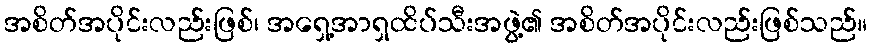
အစိတ်အပိုင်းလည်းဖြစ်၊ အရှေ့အာရှထိပ်သီးအဖွဲ့၏ အစိတ်အပိုင်းလည်းဖြစ်သည်။